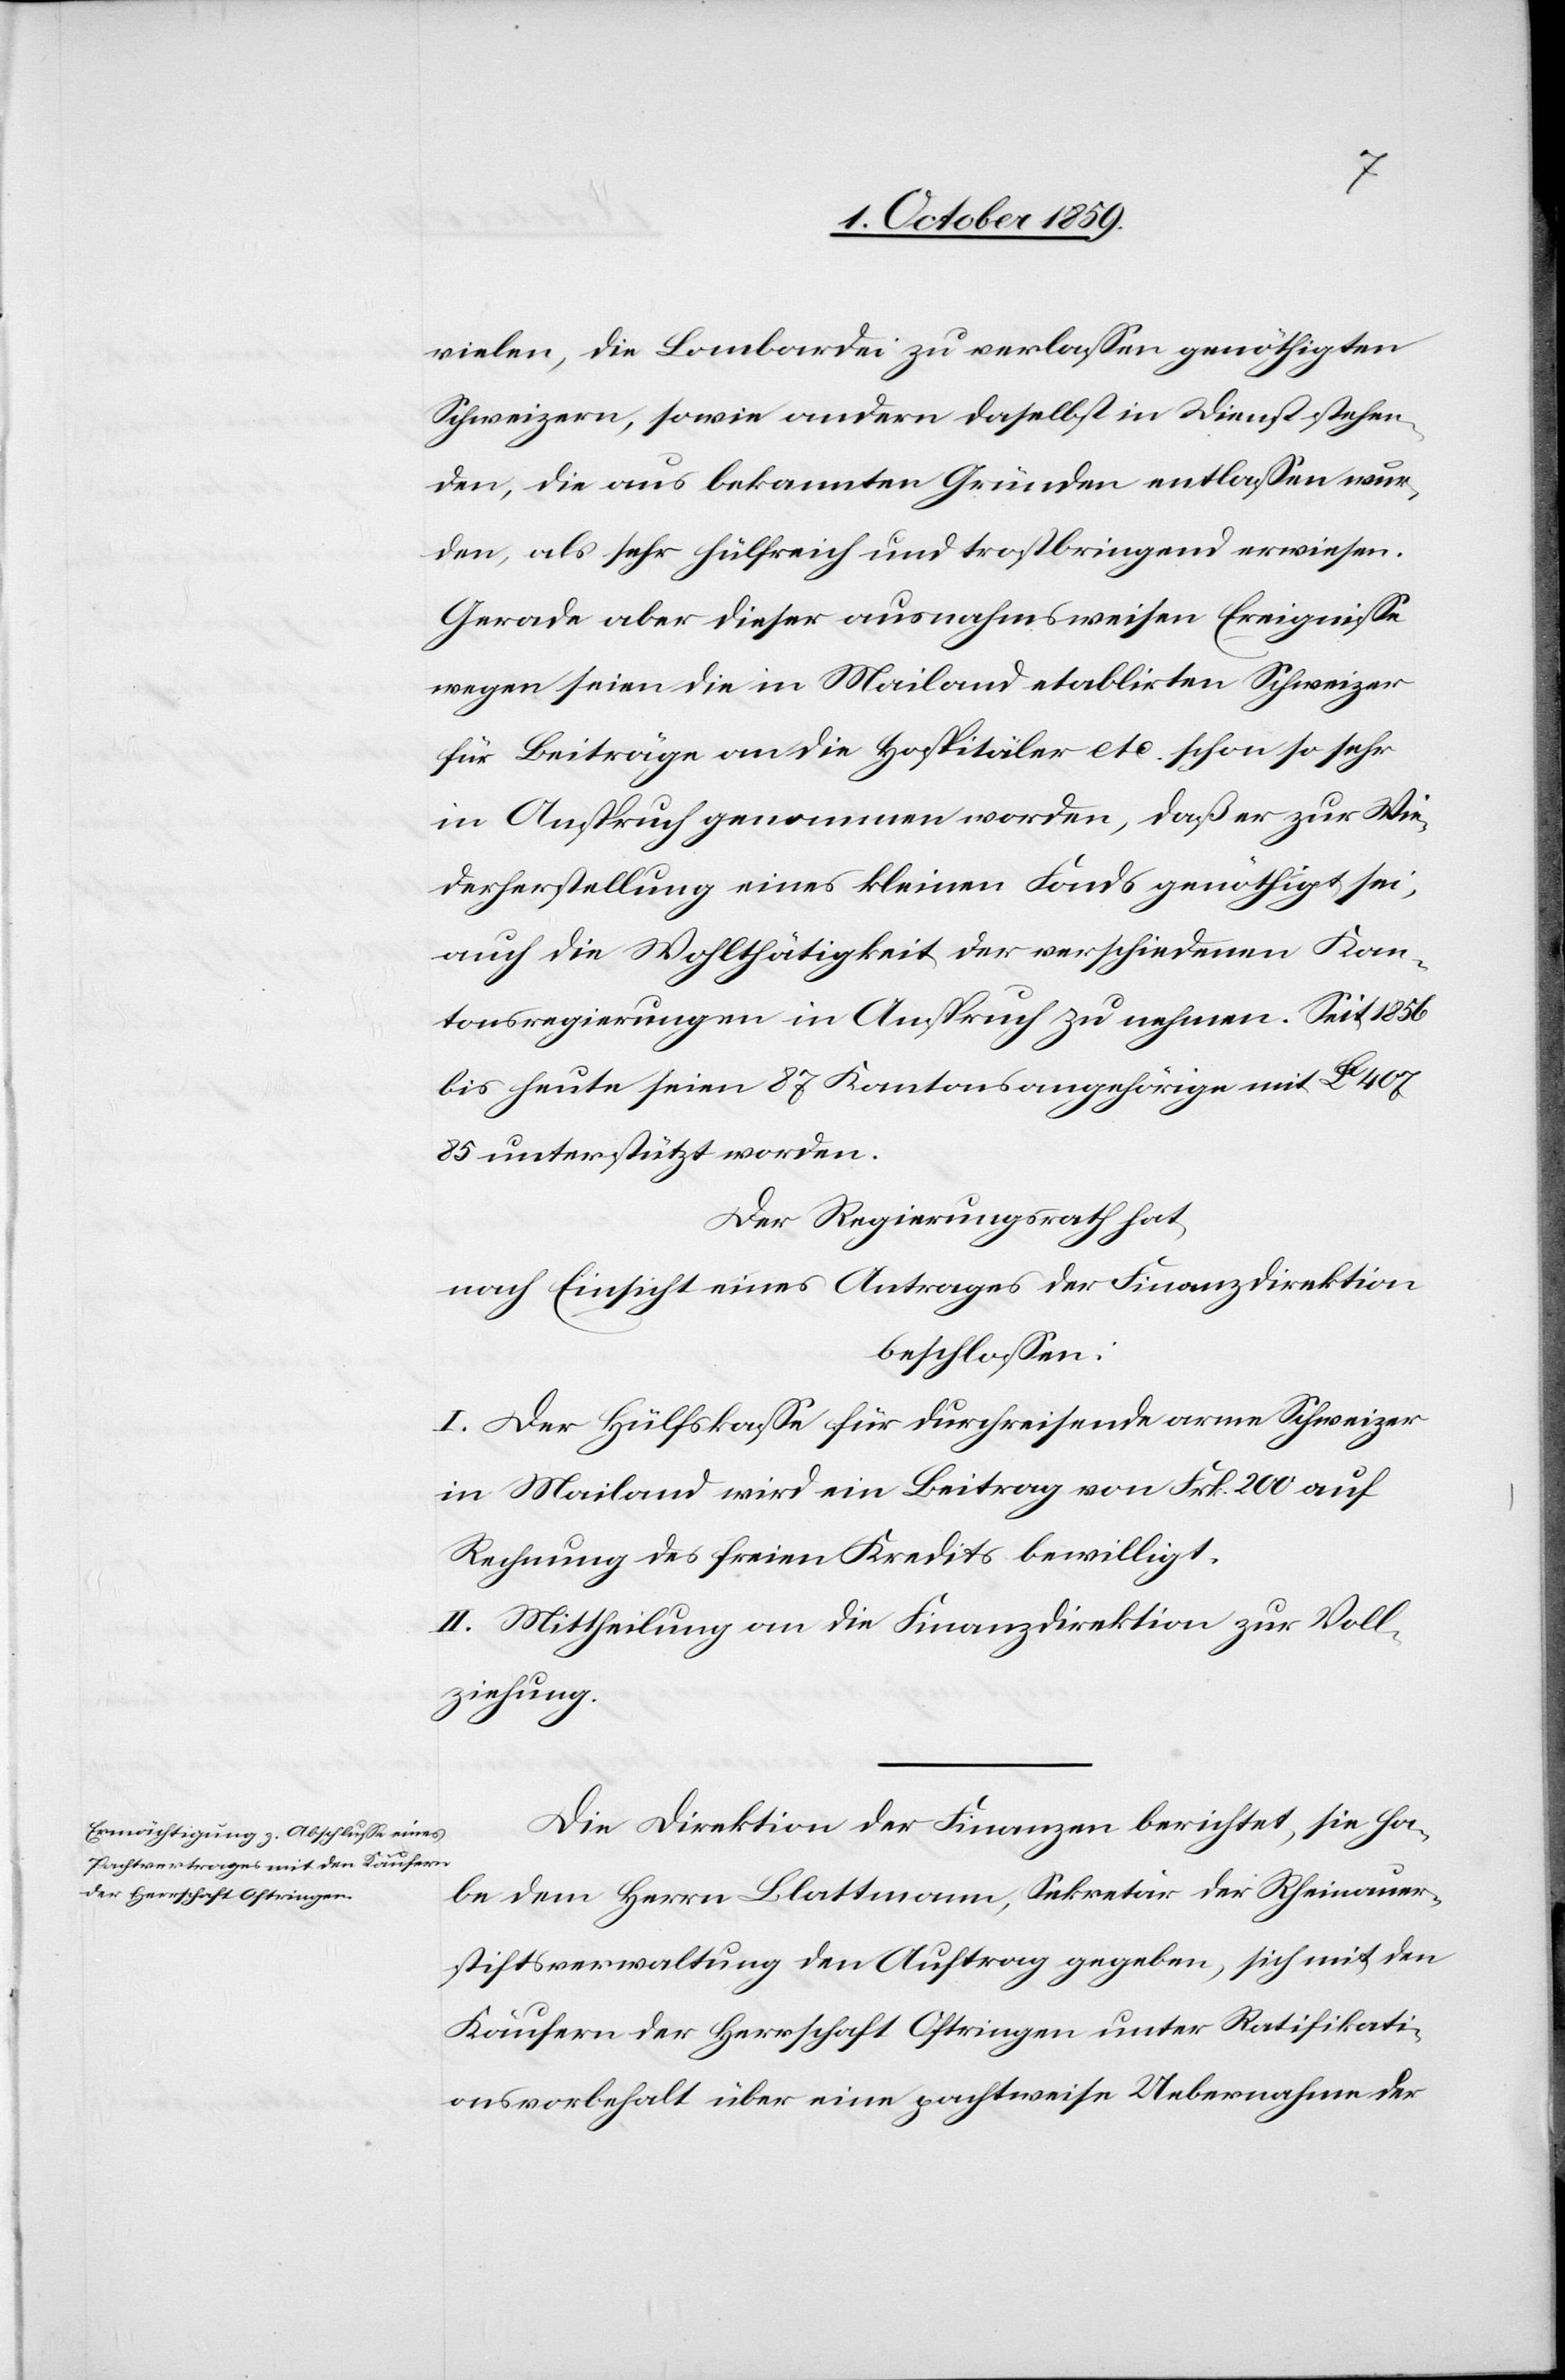
vielen, die Lombardei zu verlassen genöthigten
Schweizern, sowie andern daselbst in Dienst stehen¬
den, die aus bekannten Gründen entlassen wur¬
den, als sehr hülfreich und trostbringend erwiesen.
Gerade aber dieser ausnahmsweisen Ereignisse
wegen seien die in Mailand etablirten Schweizer
für Beiträge an die Hospitäler etc. schon so sehr
in Anspruch genommen worden, daß er zur Wie¬
derherstellung eines kleinen Fonds genöthigt sei,
auch die Wohlthätigkeit der verschiedenen Kan¬
tonsregierungen in Anspruch zu nehmen. Seit 1856
bis heute seien 87 Kantonsangehörige mit La 407
85 unterstützt worden.
Der Regierungsrath hat,
nach Einsicht eines Antrages der Finanzdirektion
beschlossen:
I. Der Hülfskasse für durchreisende arme Schweizer
in Mailand wird ein Beitrag von Frk. 200 auf
Rechnung des freien Kredits bewilligt.
II. Mittheilung an die Finanzdirektion zu Voll¬
ziehung.
Die Direktion der Finanzen berichtet, sie ha¬
be dem Herrn Blattmann, Sekretär der Rheinauer¬
stiftsverwaltung den Auftrag gegeben. sich mit den
Käufern der Herrschaft Oftringen unter Ratifikati¬
onsvorbehalt über eine pachtweise Uebernahme der